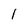
Character: I